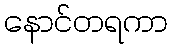
နောင်တရကာ